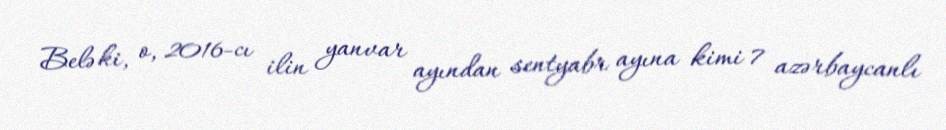
Belə ki, o, 2016-cı ilin yanvar ayından sentyabr ayına kimi 7 azərbaycanlı